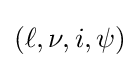
(\ell ,\nu ,i,\psi )